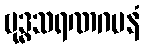
ဗုဒ္ဓသရဏဂမနံ